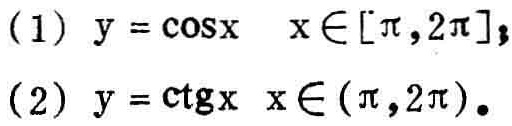
(1) \(y = \cos x\quad x\in[\pi,2\pi]\);
(2) \(y = \cot x\quad x\in(\pi,2\pi)\).